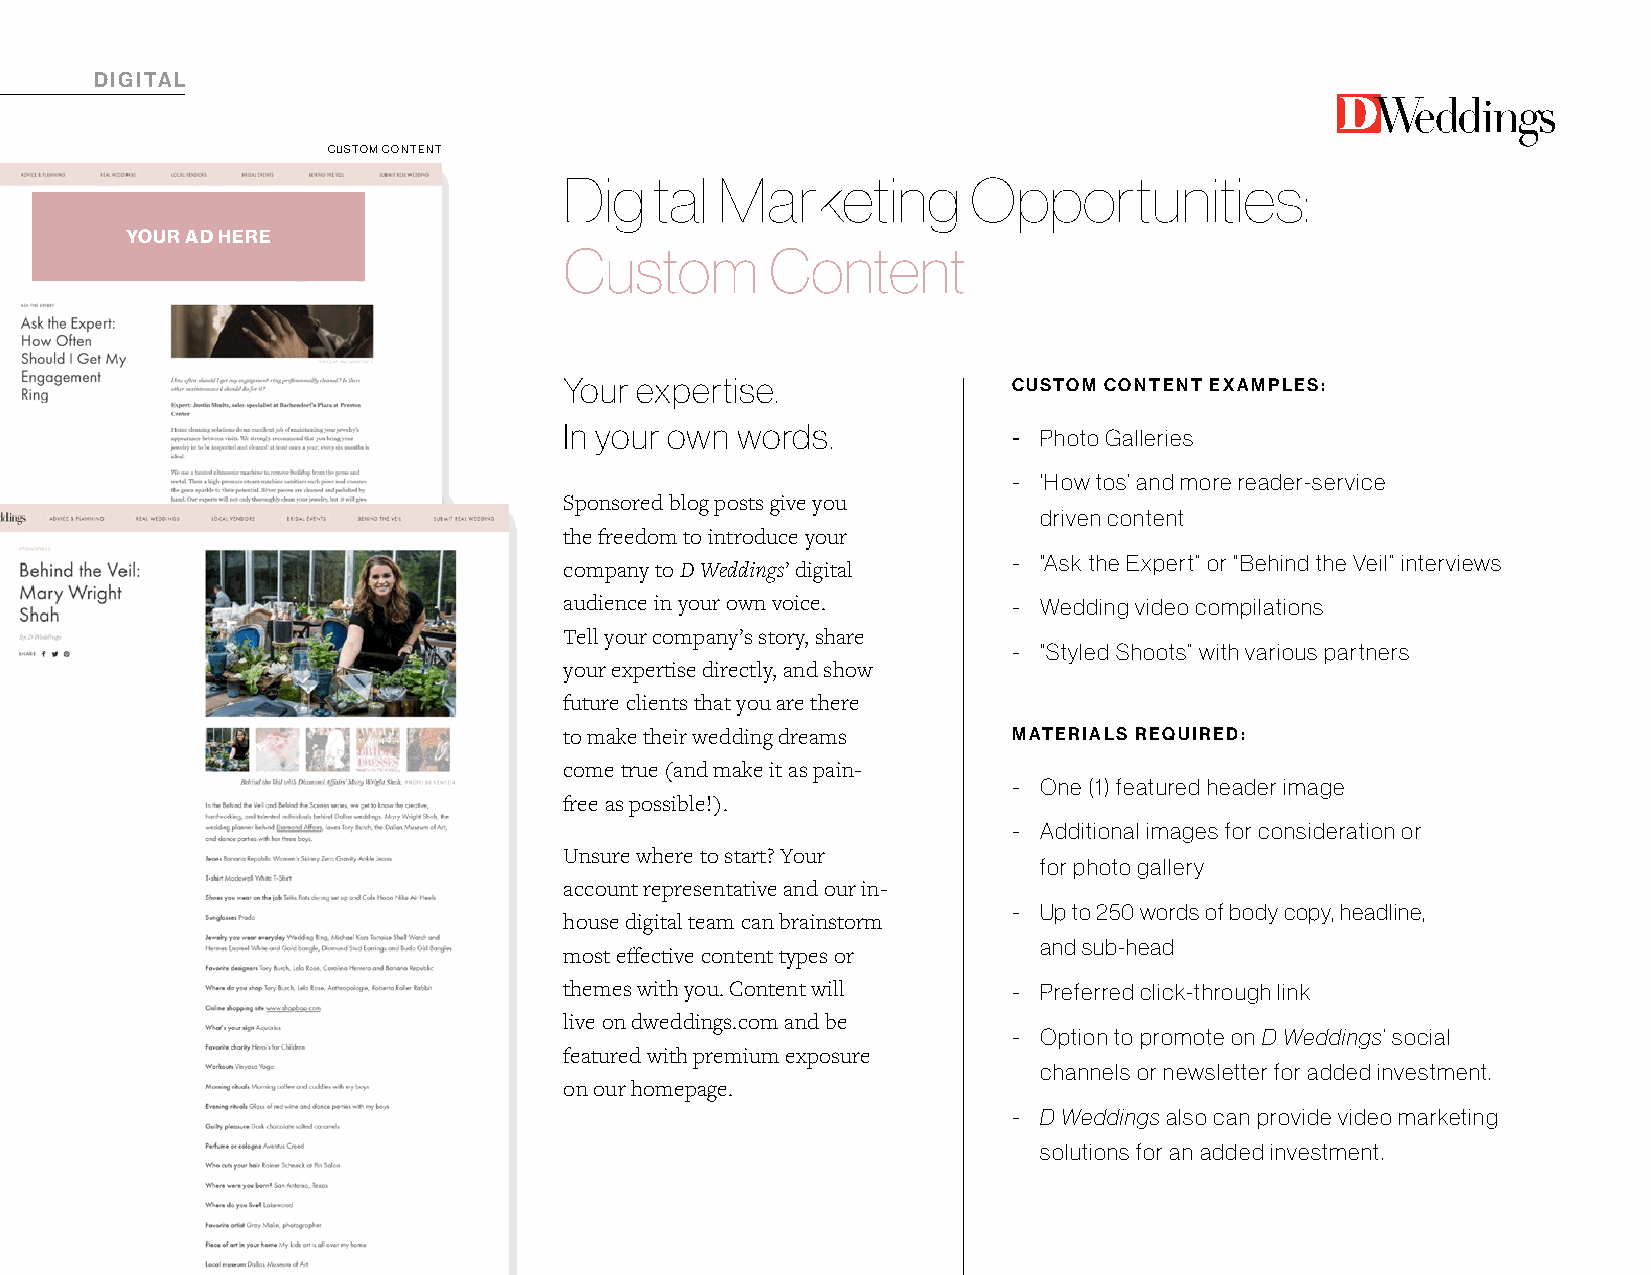
DIGITAL
 CUSTOM CONTENT
 Digital   Marketing        Opportunities:
 YOUR AD HERE
 Custom        Content
 Your expertise.               CUSTOM CONTENT EXAMPLES:
 In your own words.            - Photo Galleries
 - ‘How tos’ and more reader-service
 Sponsored blog posts give you
 driven content
 the freedom to introduce your
 - “Ask the Expert” or “Behind the Veil” interviews
 company to D Weddings’ digital
 audience in your own voice.   - Wedding video compilations
 Tell your company’s story, share
 - “Styled Shoots” with various partners
 your expertise directly, and show
 future clients that you are there
 to make their wedding dreams  MATERIALS REQUIRED:
 come true (and make it as pain-
 - One (1) featured header image
 free as possible!).
 - Additional images for consideration or
 Unsure where to start? Your
 for photo gallery
 account representative and our in-
 - Up to 250 words of body copy, headline,
 house digital team can brainstorm
 and sub-head
 most effective content types or
 themes with you. Content will - Preferred click-through link
 live on dweddings.com and be
 - Option to promote on D Weddings’ social
 featured with premium exposure
 channels or newsletter for added investment.
 on our homepage.
 - D Weddings also can provide video marketing
 solutions for an added investment.